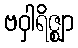
ဗဝှါရိဇ္ဈာ